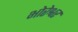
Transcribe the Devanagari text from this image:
भोरेश्वर